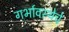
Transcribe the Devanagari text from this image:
गर्भावस्थेचे